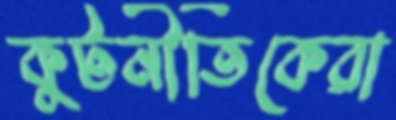
কুটনীতিকেরা